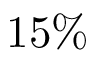
1 5 \%